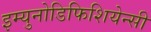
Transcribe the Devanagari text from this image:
इम्युनोडिफिशियेन्सी